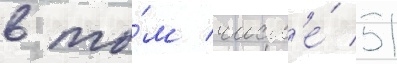
в то́м числ'е́ 51